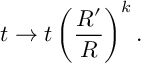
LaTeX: t \rightarrow t \left( \frac { R ^ { \prime } } { R } \right) ^ { k } .